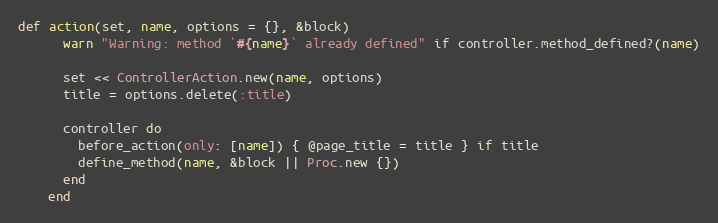
Language: Ruby
def action(set, name, options = {}, &block)
      warn "Warning: method `#{name}` already defined" if controller.method_defined?(name)

      set << ControllerAction.new(name, options)
      title = options.delete(:title)

      controller do
        before_action(only: [name]) { @page_title = title } if title
        define_method(name, &block || Proc.new {})
      end
    end